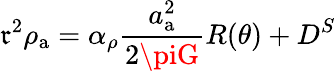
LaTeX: \mathfrak{r}^{2}\rho_{\mathrm{{a}}}=\alpha_{\rho}\frac{{a_{\mathrm{{a}}}^{2}}}{{2\piG}}R(\theta)+D^{S}